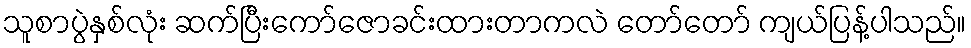
သူစာပွဲနှစ်လုံး ဆက်ပြီးကော်ဇောခင်းထားတာကလဲ တော်တော် ကျယ်ပြန့်ပါသည်။